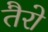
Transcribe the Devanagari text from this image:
तैरो